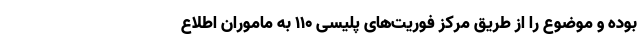
بوده و موضوع را از طریق مرکز فوریت‌های پلیسی ۱۱۰ به ماموران اطلاع